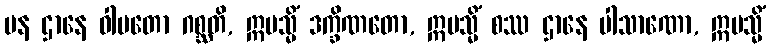
ပန ဌာနေ ဝါမတော ဂစ္ဆတိ, ဣမသ္မိံ ဒက္ခိဏတော, ဣမသ္မိံ စဿ ဌာနေ ပါသာဏော, ဣမသ္မိံ